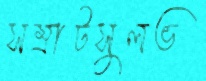
সম্রাটসুলভ